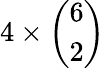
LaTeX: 4\times{\left(\begin{array}{l}{6}\\ {2}\end{array}\right)}